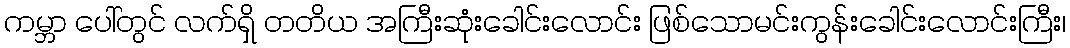
ကမ္ဘာ ပေါ်တွင် လက်ရှိ တတိယ အကြီးဆုံးခေါင်းလောင်း ဖြစ်သောမင်းကွန်းခေါင်းလောင်းကြီး၊